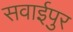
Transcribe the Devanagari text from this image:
सवाईपुर